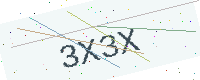
Text: 3X3X